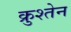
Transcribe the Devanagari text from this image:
क्रुश्तेन